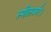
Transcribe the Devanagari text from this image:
स्पीलबर्ग।